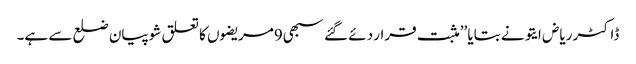
ڈاکٹر ریاض ایتو نے بتایا ’’مثبت قرار دئے گئے سبھی9مریضوں کا تعلق شوپیان ضلع سے ہے۔